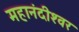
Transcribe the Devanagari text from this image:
महानंदीश्‍वर